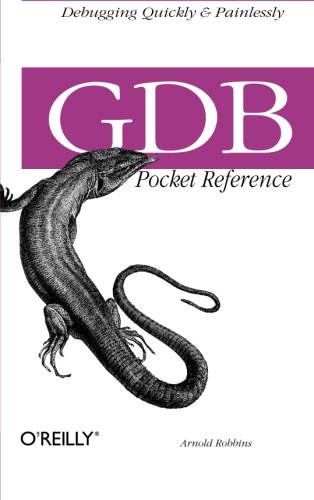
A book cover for GDB Pocket Reference (Pocket Reference (O'Reilly)); Arnold Robbins; Computers & Technology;